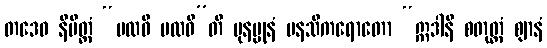
တဒေဝ နိမိတ္တံ “ပထဝီ ပထဝီ”တိ ပုနပ္ပုနံ မနသိကရောတော “ဣဒါနိ စတုတ္ထံ ဈာနံ